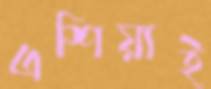
এশিয়াই